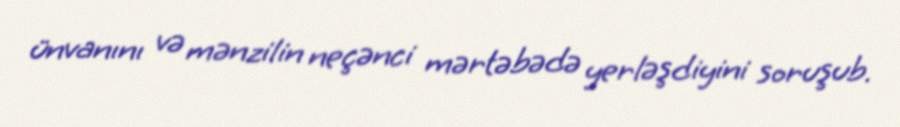
ünvanını və mənzilin neçənci mərtəbədə yerləşdiyini soruşub.